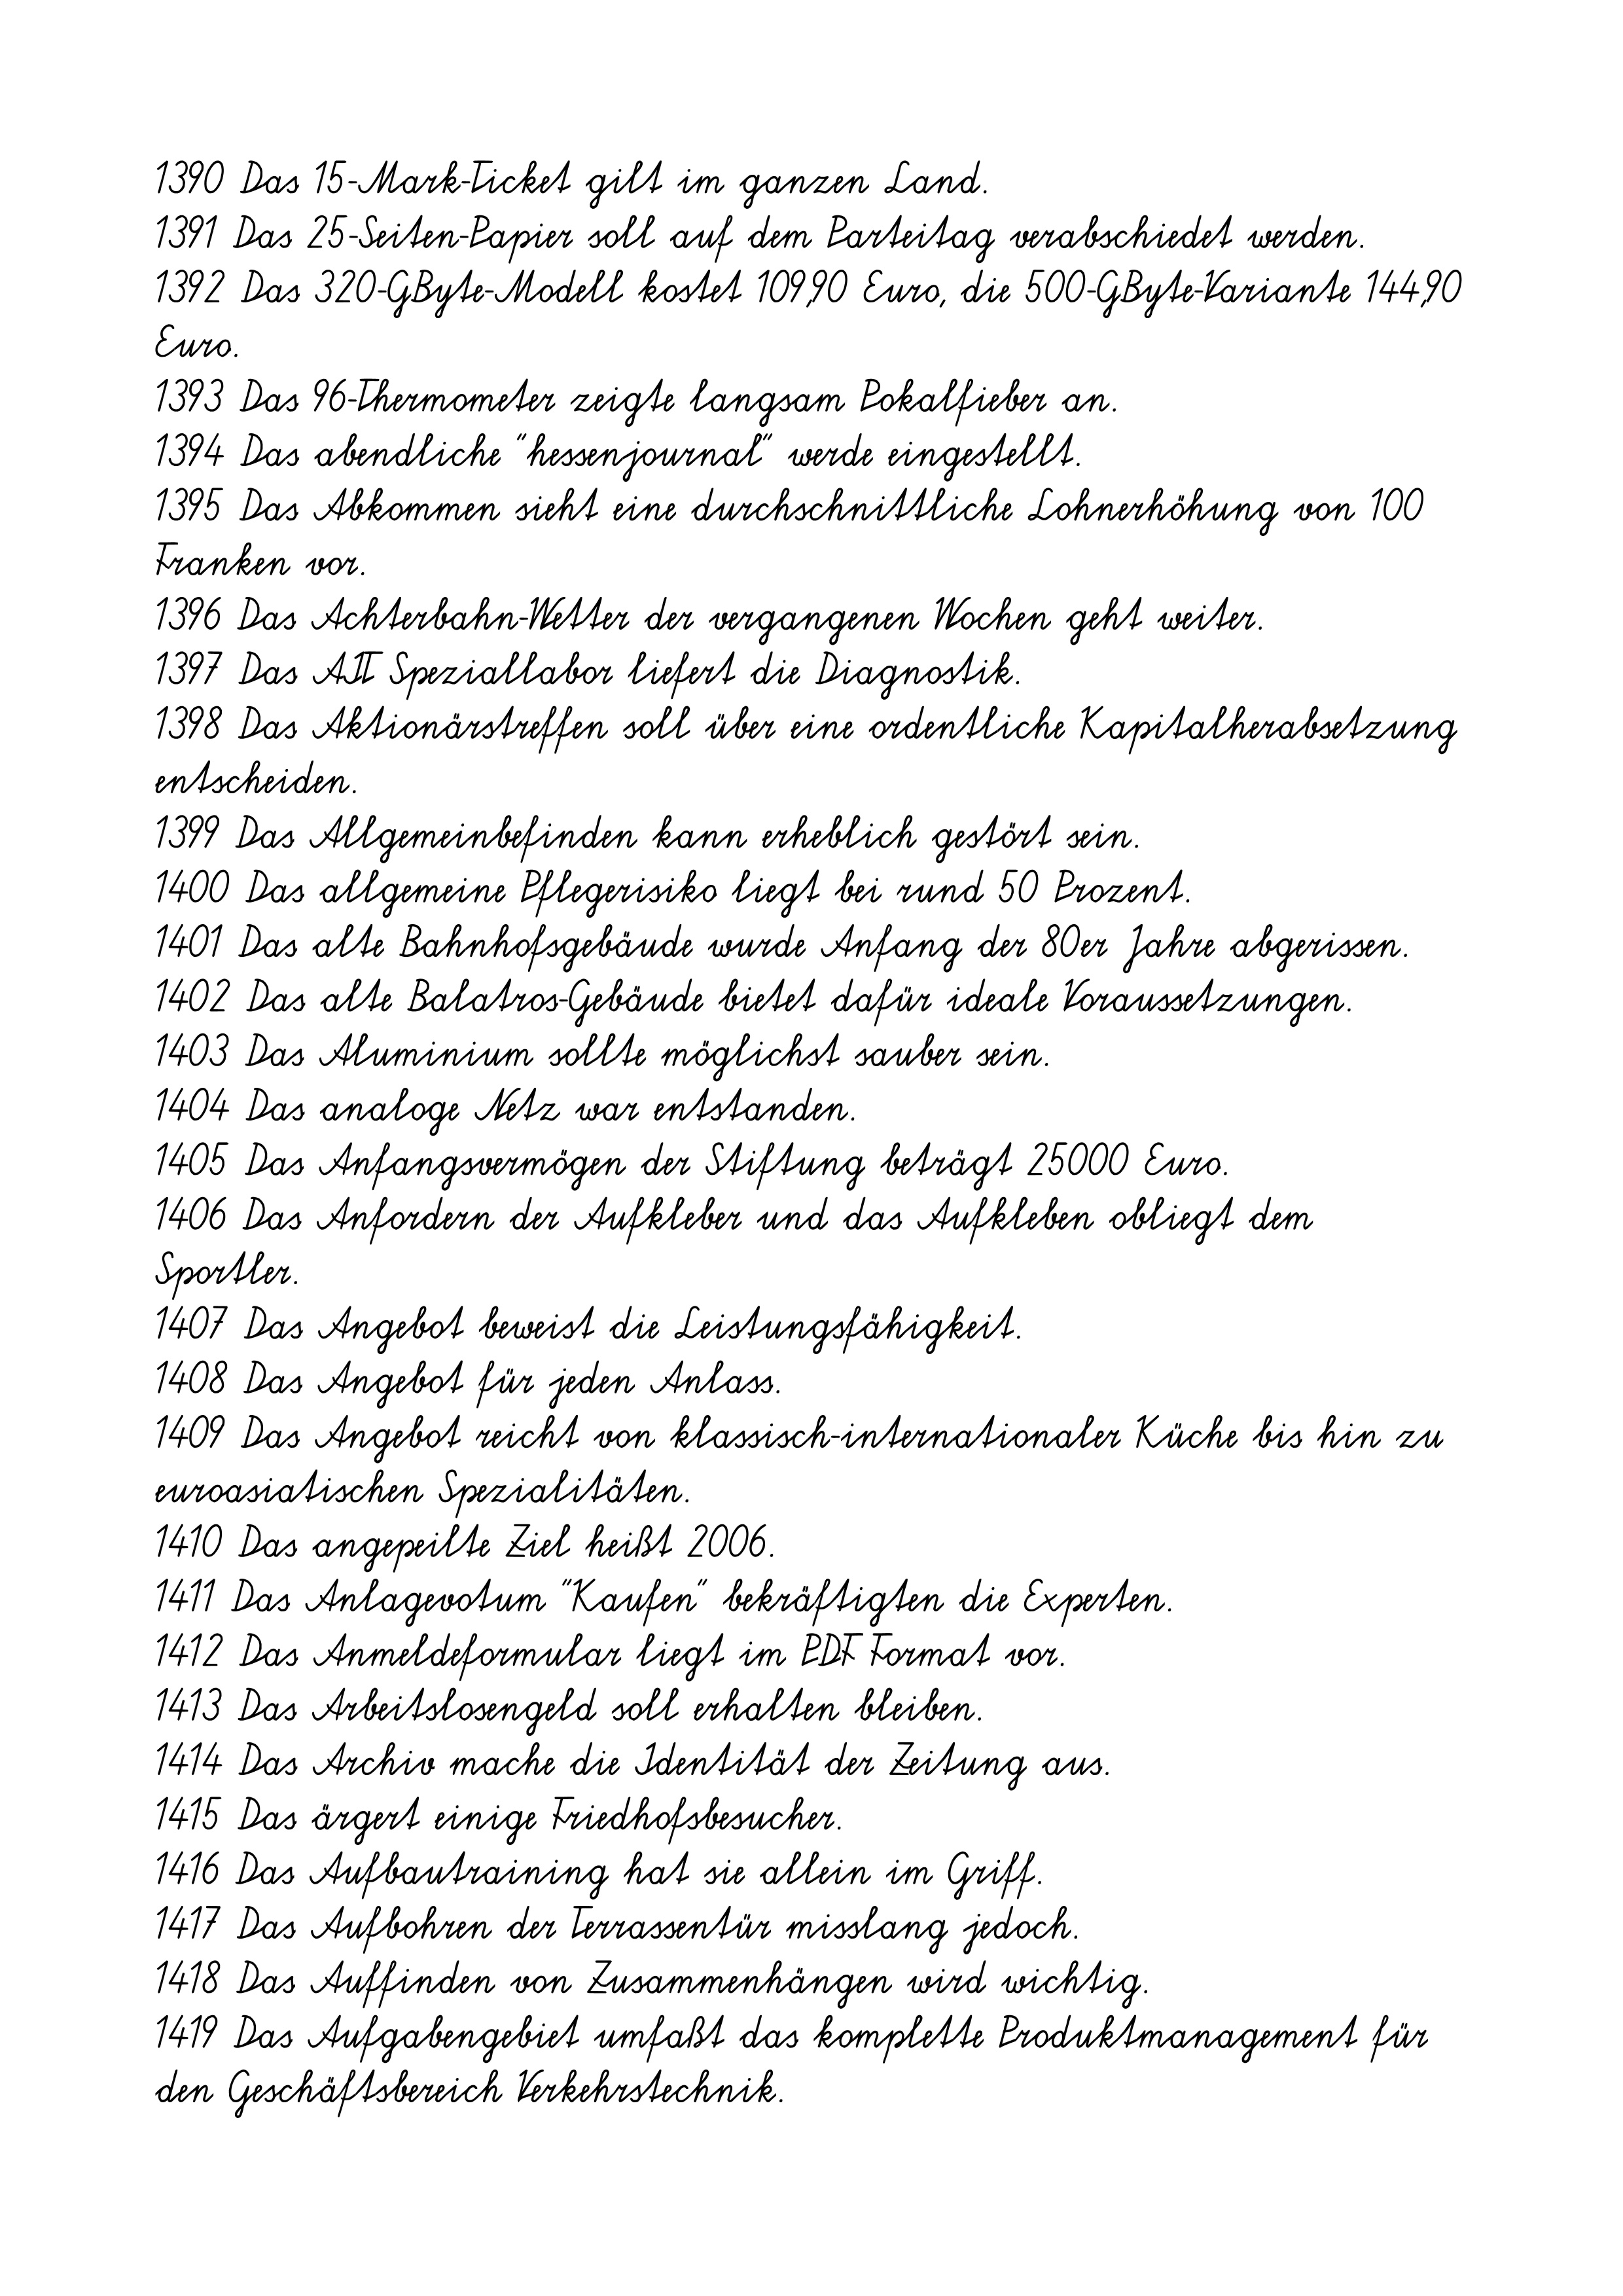
1390 Das 15-Mark-Ticket gilt im ganzen Land.
1391 Das 25-Seiten-Papier soll auf dem Parteitag verabschiedet werden.
1392 Das 320-GByte-Modell kostet 109,90 Euro, die 500-GByte-Variante 144,90
Euro.
1393 Das 96-Thermometer zeigte langsam Pokalfieber an.
1394 Das abendliche "hessenjournal" werde eingestellt.
1395 Das Abkommen sieht eine durchschnittliche Lohnerhöhung von 100
Franken vor.
1396 Das Achterbahn-Wetter der vergangenen Wochen geht weiter.
1397 Das AIT Speziallabor liefert die Diagnostik.
1398 Das Aktionärstreffen soll über eine ordentliche Kapitalherabsetzung
entscheiden.
1399 Das Allgemeinbefinden kann erheblich gestört sein.
1400 Das allgemeine Pflegerisiko liegt bei rund 50 Prozent.
1401 Das alte Bahnhofsgebäude wurde Anfang der 80er Jahre abgerissen.
1402 Das alte Balatros-Gebäude bietet dafür ideale Voraussetzungen.
1403 Das Aluminium sollte möglichst sauber sein.
1404 Das analoge Netz war entstanden.
1405 Das Anfangsvermögen der Stiftung beträgt 25000 Euro.
1406 Das Anfordern der Aufkleber und das Aufkleben obliegt dem
Sportler.
1407 Das Angebot beweist die Leistungsfähigkeit.
1408 Das Angebot für jeden Anlass.
1409 Das Angebot reicht von klassisch-internationaler Küche bis hin zu
euroasiatischen Spezialitäten.
1410 Das angepeilte Ziel heißt 2006.
1411 Das Anlagevotum "Kaufen" bekräftigten die Experten.
1412 Das Anmeldeformular liegt im PDF Format vor.
1413 Das Arbeitslosengeld soll erhalten bleiben.
1414 Das Archiv mache die Identität der Zeitung aus.
1415 Das ärgert einige Friedhofsbesucher.
1416 Das Aufbautraining hat sie allein im Griff.
1417 Das Aufbohren der Terrassentür misslang jedoch.
1418 Das Auffinden von Zusammenhängen wird wichtig.
1419 Das Aufgabengebiet umfaßt das komplette Produktmanagement für
den Geschäftsbereich Verkehrstechnik.